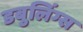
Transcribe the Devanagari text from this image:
डबुलिंग्स